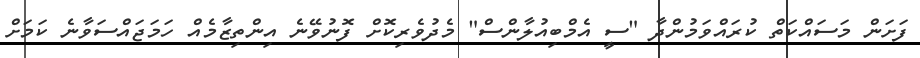
ފަށަން މަސައްކަތް ކުރައްވަމުންދާ "ސީ އެމްބިއުލާންސް" މެދުވެރިކޮށް ފޮނުވޭނެ އިންތިޒާމެއް ހަމަޖައްސަވާނެ ކަމަށް